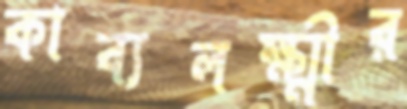
কাব্যলক্ষ্মীর